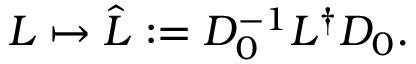
L \mapsto \hat { L } : = D _ { 0 } ^ { - 1 } L ^ { \dagger } D _ { 0 } .